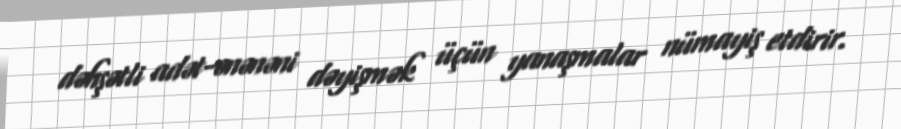
dəhşətli adət-ənənəni dəyişmək üçün yanaşmalar nümayiş etdirir.